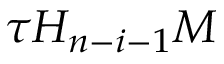
\tau H _ { n - i - 1 } M